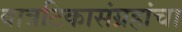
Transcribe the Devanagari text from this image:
वात्रटिकासंग्रहांचा